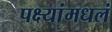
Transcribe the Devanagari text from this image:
पक्ष्यांमधलं